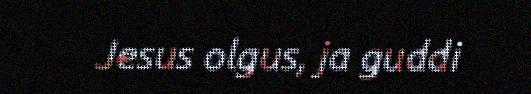
Jesus olgus, ja guddi